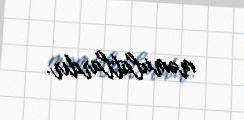
məmulatlardır.